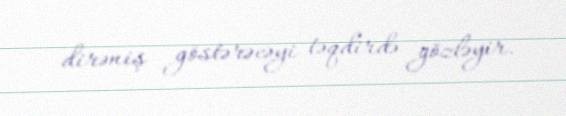
dirəniş göstərəcəyi təqdirdə gözləyir.